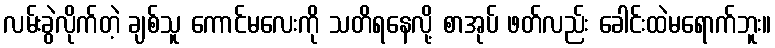
လမ်းခွဲလိုက်တဲ့ ချစ်သူ ကောင်မလေးကို သတိရနေလို့ စာအုပ် ဖတ်လည်း ခေါင်းထဲမရောက်ဘူး။